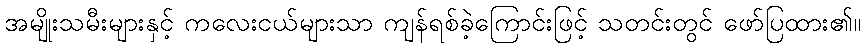
အမျိုးသမီးများနှင့် ကလေးငယ်များသာ ကျန်ရစ်ခဲ့ကြောင်းဖြင့် သတင်းတွင် ဖော်ပြထား၏။